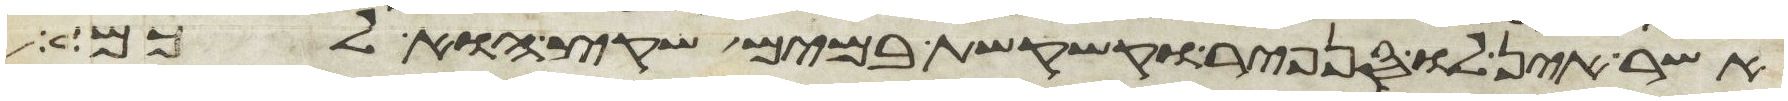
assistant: אשר אין לו סנפיר וקשקשת במים שקץ הוא לכם